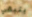
يتبقي